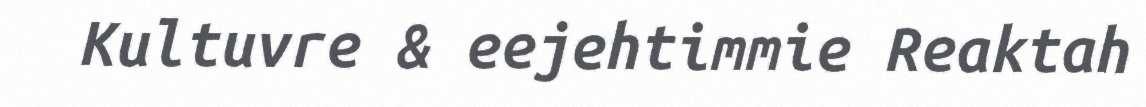
Kultuvre & eejehtimmie Reaktah